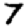
Digit: 7